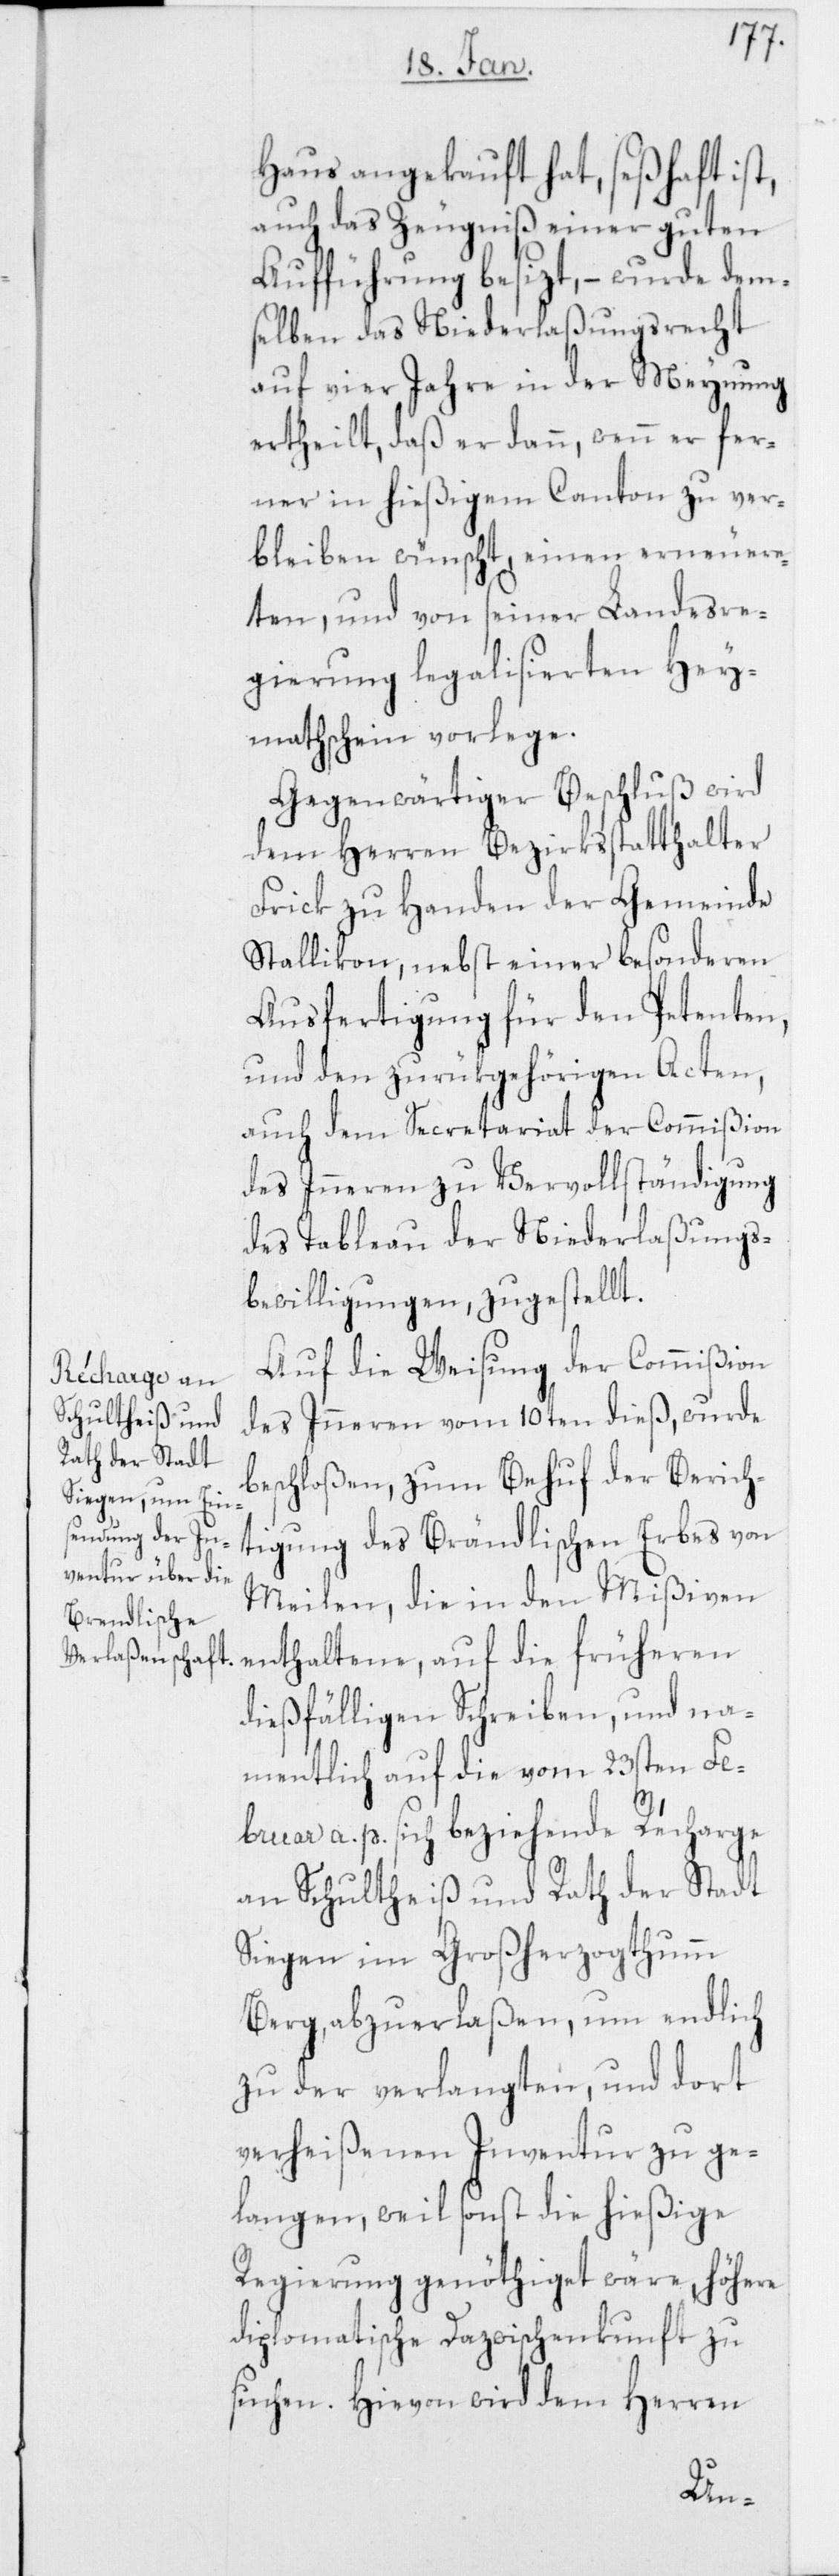
Haus angekauft hat, seßhaft ist,
auch das Zeugniß einer guten
Aufführung besizt, – wurde dem¬
selben das Niederlaßungsrecht
auf vier Jahre in der Meynung
ertheilt, daß er dann, wenn er fer¬
ner in hießigem Canton zu ver¬
bleiben wünscht, einen erneuer¬
ten, und von seiner Landesre¬
gierung legalisierten Hey¬
mathschein vorlege.
Gegenwärtiger Beschluß wird
dem Herren Bezirksstatthalter
Frick zu Handen der Gemeinde
Stallikon, nebst einer besonderen
Ausfertigung für den Petenten,
und den zurückgehörigen Acten,
auch dem Secretariat der Commißion
des Inneren zu Vervollständigung
des Tableau der Niederlaßungs¬
bewilligungen, zugestellt.
Auf die Weisung der Commißion
des Inneren vom 10ten dieß, wurde
beschloßen, zum Behuf der Berich¬
tigung des Brändlischen Erbes von
Meilen, die in den Mißiven
enthaltene, auf die früheren
dießfälligen Schreiben, und na¬
mentlich auf die vom 23sten Fe¬
bruar a. p. sich beziehende Récharge
an Schultheiß und Rath der Stadt
Siegen im Großherzogthumm
Berg, abzuerlaßen, um endlich
zu der verlangten, und dort
verheißenen Inventur zu ge¬
langen, weil sonst die hießige
Regierung genöthiget wäre, höhere
diplomatische Dazwischenkunft zu
suchen. Hievon wird dem Herren